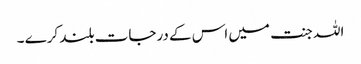
اللہ جنت میں اس کے درجات بلند کرے ۔